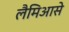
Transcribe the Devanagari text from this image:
लैमिआसे